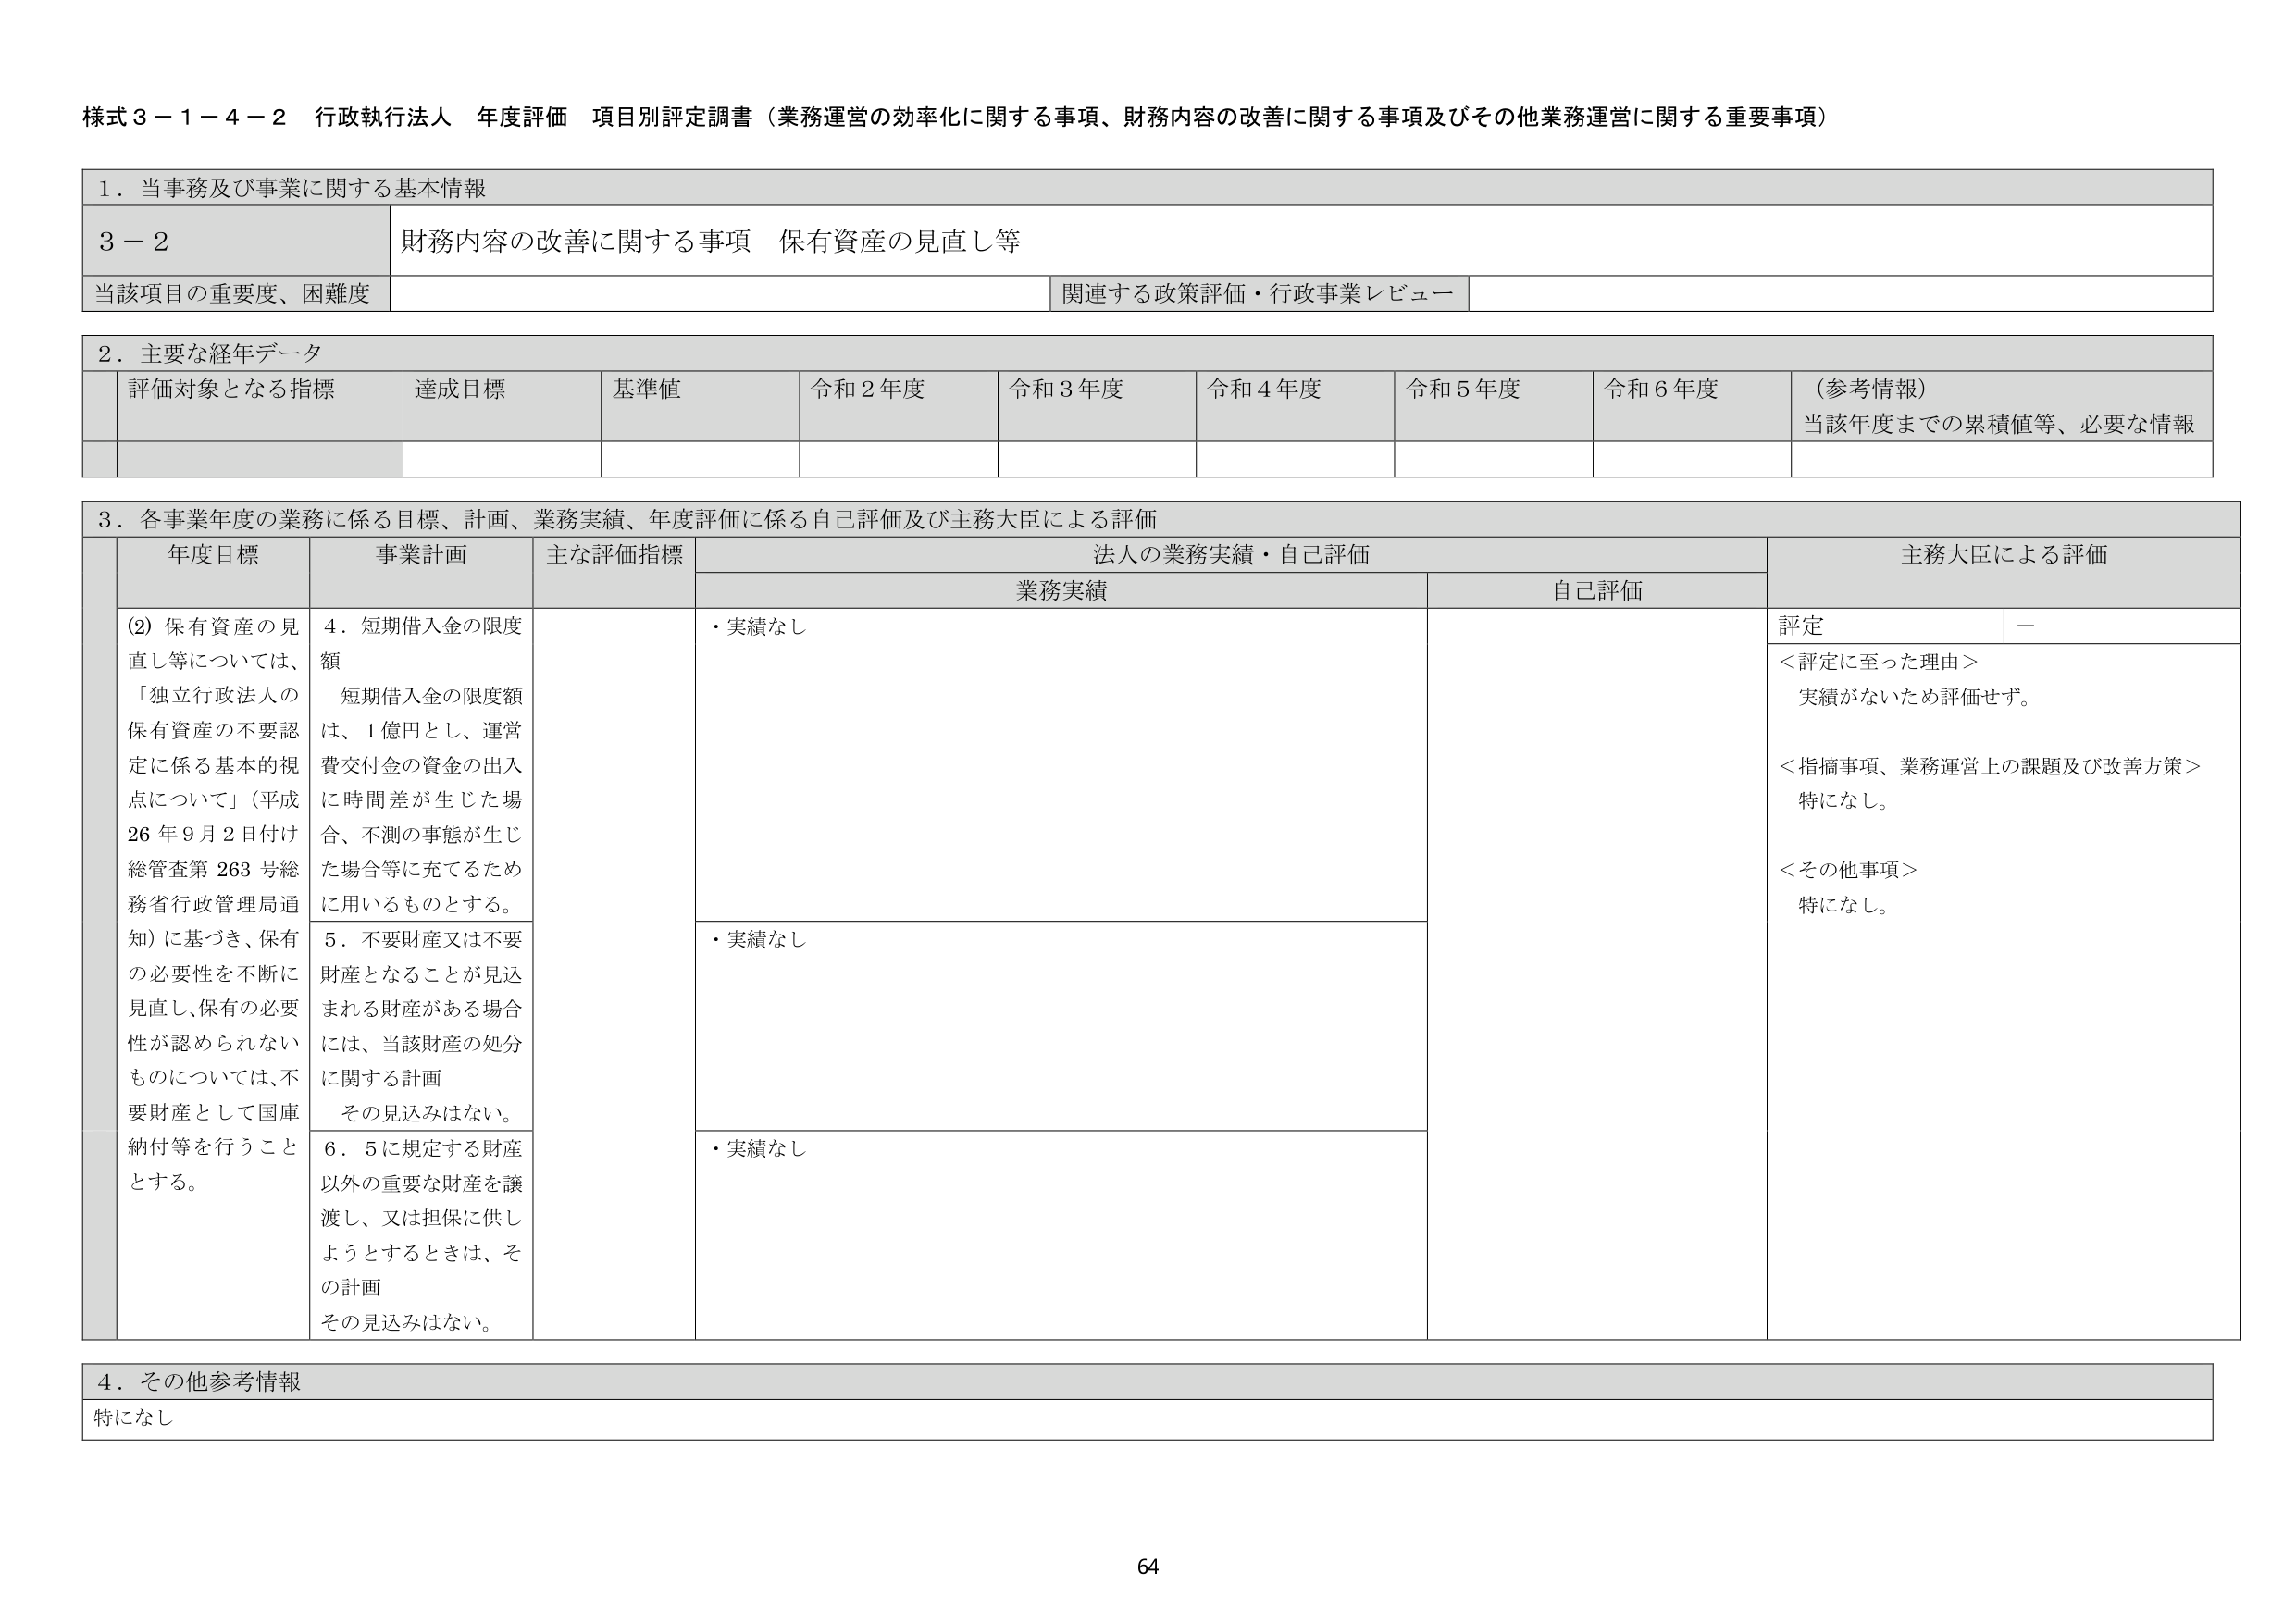
様式３－１－４－２ 行政執行法人 年度評価 項目別評定調書（業務運営の効率化に関する事項、財務内容の改善に関する事項及びその他業務運営に関する重要事項）

１．当事務及び事業に関する基本情報

３－２ 財務内容の改善に関する事項 保有資産の見直し等

当該項目の重要度、困難度 関連する政策評価・行政事業レビュー

２．主要な経年データ

評価対象となる指標 達成目標 基準値 令和２年度 令和３年度 令和４年度 令和５年度 令和６年度 （参考情報）当該年度までの累積値等、必要な情報

３．各事業年度の業務に係る目標、計画、業務実績、年度評価に係る自己評価及び主務大臣による評価

年度目標 事業計画 主な評価指標 法人の業務実績・自己評価 主務大臣による評価

業務実績 自己評価 評定 －

(2) 保有資産の見直し等については、「独立行政法人の保有資産の不要認定に係る基本的視点について」（平成26年9月2日付け総管査第263号総務省行政管理局通知）に基づき、保有の必要性を不断に見直し、保有の必要性が認められないものについては、不要財産として国庫納付等を行うこととする。

4．短期借入金の限度額
短期借入金の限度額は、1億円とし、運営費交付金の資金の出入に時間差が生じた場合、不測の事態が生じた場合等に充てるために用いるものとする。

・実績なし

＜評定に至った理由＞
実績がないため評価せず。

＜指摘事項、業務運営上の課題及び改善方策＞
特になし。

＜その他事項＞
特になし。

5．不要財産又は不要財産となることが見込まれる財産がある場合には、当該財産の処分に関する計画
その見込みはない。

・実績なし

6．5に規定する財産以外の重要な財産を譲渡し、又は担保に供しようとするときは、その計画
その見込みはない。

・実績なし

４．その他参考情報
特になし

64